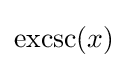
\operatorname {excsc} (x)